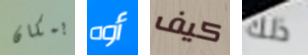
بمكان أوه كيف ذلك